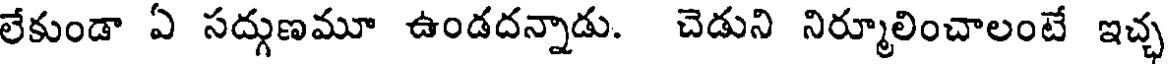
లేకుండా ఏ సద్గుణమూ ఉండదన్నాడు. చెడుని నిర్మూలించాలంటే ఇచ్చ